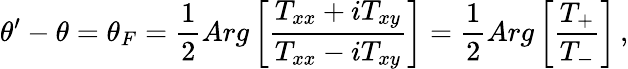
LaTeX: \theta^{\prime}-\theta=\theta_{F}=\frac{1}{2}Arg\left[\frac{T_{xx}+iT_{xy}}{T_{xx}-iT_{xy}}\right]=\frac{1}{2}Arg\left[\frac{T_{+}}{T_{-}}\right]\, ,